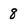
Character: 8